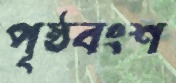
পৃষ্ঠবংশ